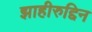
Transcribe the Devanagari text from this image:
झाहीरुद्दिन